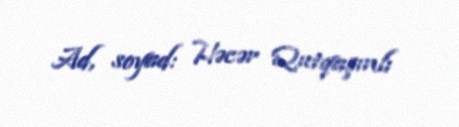
Ad, soyad: Həcər Qutqaşınlı